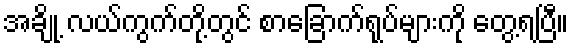
အချို့ လယ်ကွက်တို့တွင် စာခြောက်ရုပ်များကို တွေ့ရပြီ။